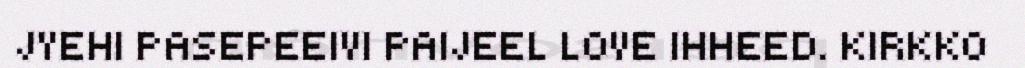
JYEHI PASEPEEIVI PAIJEEL LOVE IHHEED. KIRKKO